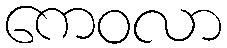
ကေဝလာ